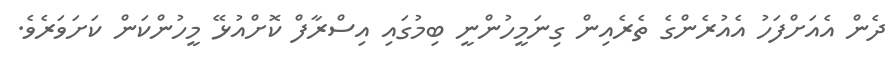
ދެން އެއަށްފަހު އެއުރެންގެ ތެރެއިން ގިނަމީހުންނީ ބިމުގައި އިސްރާފް ކޮށްއުޅޭ މީހުންކަން ކަށަވަރެވެ.